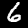
Label: 6